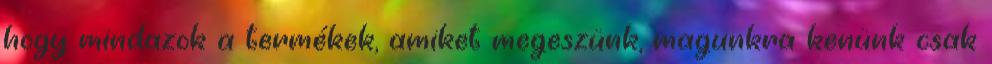
hogy mindazok a termékek, amiket megeszünk, magunkra kenünk csak